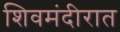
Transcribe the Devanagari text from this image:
शिवमंदीरात